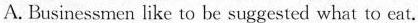
A. Businessmen like to be suggested what to eat.